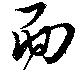
面